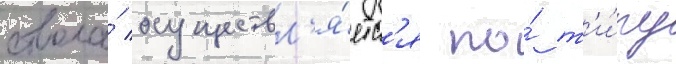
ствола́ осуществл'я́етс'я по́ т'и́пу